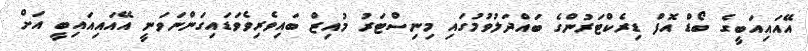
އޭއައިއަބީގެ ބޯޑް އޮފް ޑިރެކްޓަރުންގެ ބައްދަލުވުމުގައި މިނިސްޓަރު މުއިޒް ބައިވެރިވެވަޑައިގަންނަވަނީ އޭއައިއައިބީ އަށް